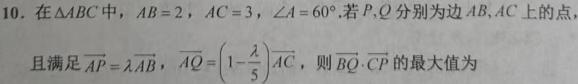
10. 在$\triangle ABC$中，$AB = 2$，$AC = 3$，$\angle A = 60^{\circ}$.若$P,Q$分别为边$AB,AC$上的点，且满足$\overrightarrow{AP}=\lambda\overrightarrow{AB}$，$\overrightarrow{AQ}=\left(1 - \frac{\lambda}{5}\right)\overrightarrow{AC}$，则$\overrightarrow{BQ}\cdot\overrightarrow{CP}$的最大值为